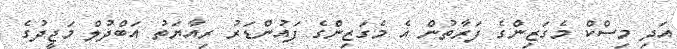
އަދި މިސްކް މެގަޒިންގެ ފަރާތުން އެ މެގަޒިންގެ ފައުންޑަރު ރިއާޔަތު އަބްދުލް މަޖީދުގެ